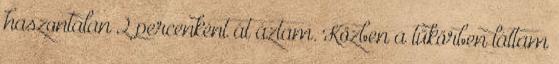
haszontalan 2 percenként át áztam. Közben a tükörben láttam